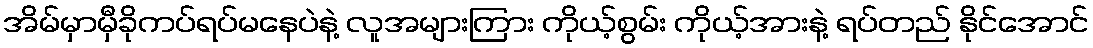
အိမ်မှာမှီခိုကပ်ရပ်မနေပဲနဲ့ လူအများကြား ကိုယ့်စွမ်း ကိုယ့်အားနဲ့ ရပ်တည် နိုင်အောင်